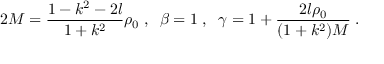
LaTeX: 2 M = \frac { 1 - k ^ { 2 } - 2 l } { 1 + k ^ { 2 } } \rho _ { 0 } \; , \; \; \beta = 1 \; , \; \; \gamma = 1 + \frac { 2 l \rho _ { 0 } } { ( 1 + k ^ { 2 } ) M } \; .